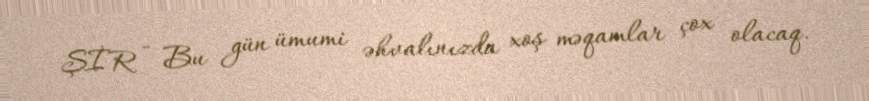
ŞİR - Bu gün ümumi əhvalınızda xoş məqamlar çox olacaq.